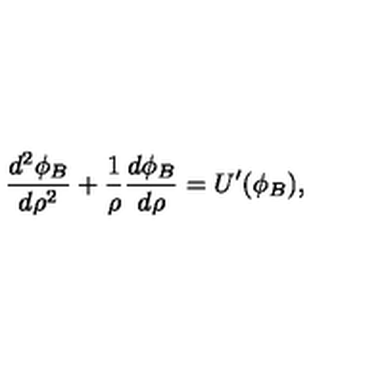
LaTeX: \frac { d ^ { 2 } \phi _ { B } } { d \rho ^ { 2 } } + \frac { 1 } { \rho } \frac { d \phi _ { B } } { d \rho } = U ^ { \prime } ( \phi _ { B } ) ,